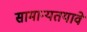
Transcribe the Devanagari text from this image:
सामान्यतयावे